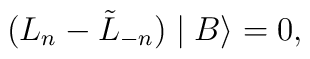
(L_n-\tilde{ L}_{-n})\mid B\rangle=0,